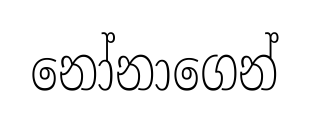
නෝනාගෙන්